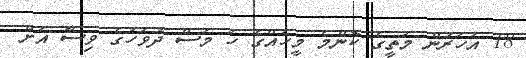
18 އަހަރުން މަތީގެ ކޮންމެ މީހެއްގެ ހަ މަސް ދުވަހުގެ ވިސާ އަށް